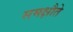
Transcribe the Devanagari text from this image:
समक्षौते